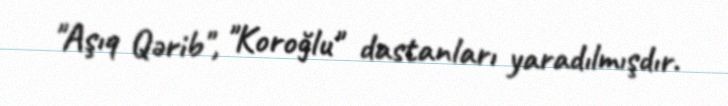
"Aşıq Qərib", "Koroğlu" dastanları yaradılmışdır.